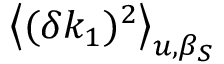
\big < ( \delta k _ { 1 } ) ^ { 2 } \big > _ { u , \beta _ { S } }